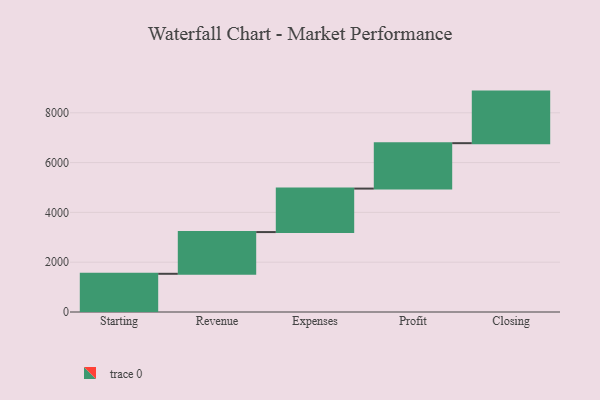
{"axis": {"x": "Step", "y": "Value"}, "legend": [""], "data": [{"x": "Starting", "y": 1534.0, "type": ""}, {"x": "Revenue", "y": 1676.0, "type": ""}, {"x": "Expenses", "y": 1746.0, "type": ""}, {"x": "Profit", "y": 1824.0, "type": ""}, {"x": "Closing", "y": 2071.0, "type": ""}]}